Indian journal of veterinary science and animal husbandry - Volume 3,
Year: 1933
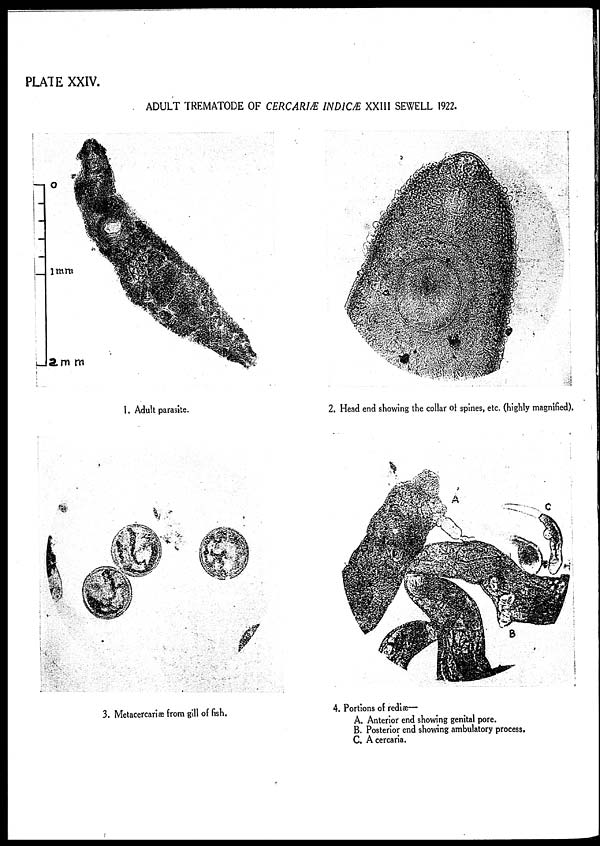
PLATE XXIV.
ADULT TREMATODE OF CERCARIÆ INDICÆ XXIII SEWELL 1922.
1. Adult parasite.
2. Head end showing the collar of spines, etc. (highly magnified).
3. Metacercariæ from gill of fish.
4. Portions of rediæ—
A. Anterior end showing genital pore.
B. Posterior end showing ambulatory process.
C. A cercaria.